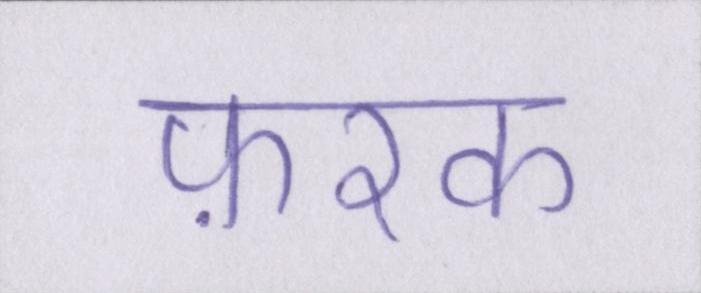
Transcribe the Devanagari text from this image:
फ़रक